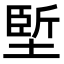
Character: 𡏐